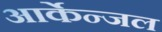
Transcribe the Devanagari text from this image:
आर्केन्जल